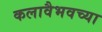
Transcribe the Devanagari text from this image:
कलावैभवच्या